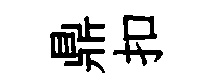
鼎扣